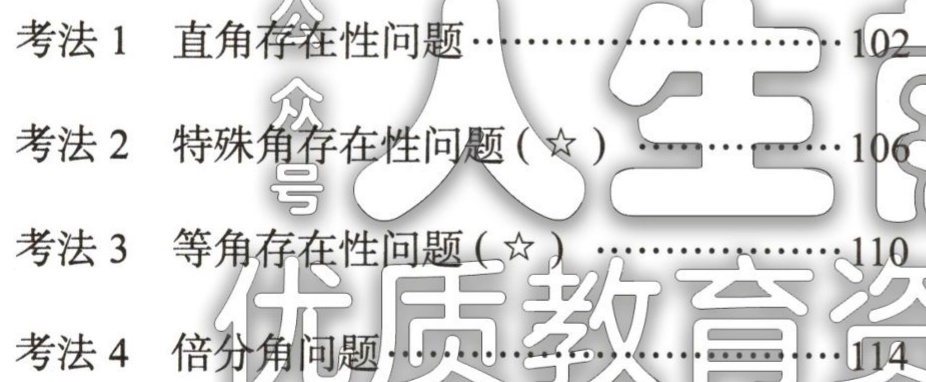
考法 1 直角存在性问题………………………102

考法 2 特殊角存在性问题(☆) …………………106

考法 3 等角存在性问题(☆) ……………………110

考法 4 倍分角问题……………………………114